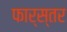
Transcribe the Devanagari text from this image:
फार्स्तर